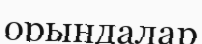
орындалар